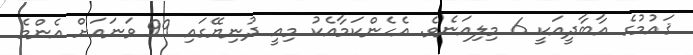
ޤައުމުގެ އާބާދީއަކީ 6 މިލިއަނެވެ. އެހެންކަމާއެކު މިއީ ދުނިޔޭގައި 99 ވަނައަށް އެންމެ